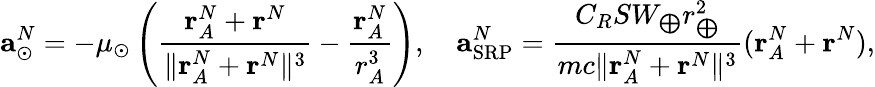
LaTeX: \mathbf{a}_{\odot}^{N}=-\mu_{\odot}\left(\frac{\mathbf{r}_{A}^{N}+\mathbf{r}^{N}}{\lVert\mathbf{r}_{A}^{N}+\mathbf{r}^{N}\rVert^{3}}-\frac{\mathbf{r}_{A}^{N}}{r_{A}^{3}}\right),\quad\mathbf{a}_{\textup{SRP}}^{N}=\frac{C_{R}SW_{\bigoplus}r_{\bigoplus}^{2}}{mc\lVert\mathbf{r}_{A}^{N}+\mathbf{r}^{N}\rVert^{3}}(\mathbf{r}_{A}^{N}+\mathbf{r}^{N}),